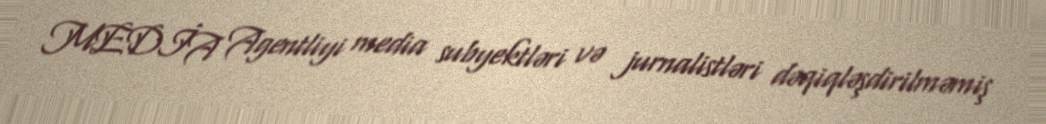
MEDİA Agentliyi media subyektləri və jurnalistləri dəqiqləşdirilməmiş